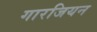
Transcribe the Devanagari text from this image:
गारजियन